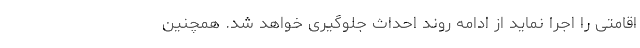
اقامتی را اجرا نماید از ادامه روند احداث جلوگیری خواهد شد. همچنین